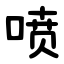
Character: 喷